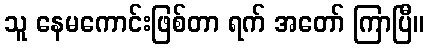
သူ နေမကောင်းဖြစ်တာ ရက် အတော် ကြာပြီ။